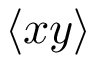
\langle x y \rangle